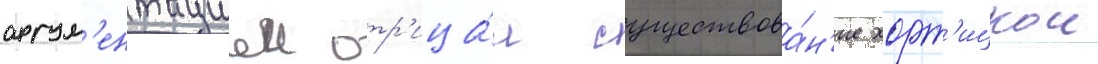
аргум'ентациеи отр'ица́л существова́н'ие хорт'ицкои